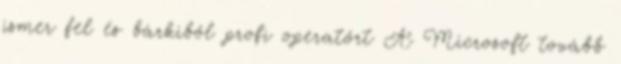
ismer fel és bárkiből profi operatőrt A Microsoft tovább